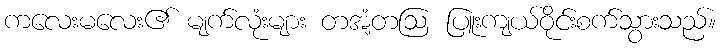
ကလေးမလေး၏ မျက်လုံးများ တအံ့တဩ ပြူးကျယ်ဝိုင်းစက်သွားသည်။